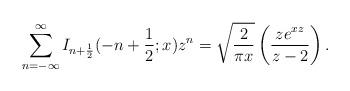
LaTeX: \begin{align*}\sum_{n=-\infty }^{\infty }I_{n+\frac{1}{2}}(-n+\frac{1}{2};x)z^{n}=\sqrt{\frac{2}{\pi x}}\left( \frac{ze^{xz}}{z-2}\right) .\end{align*}